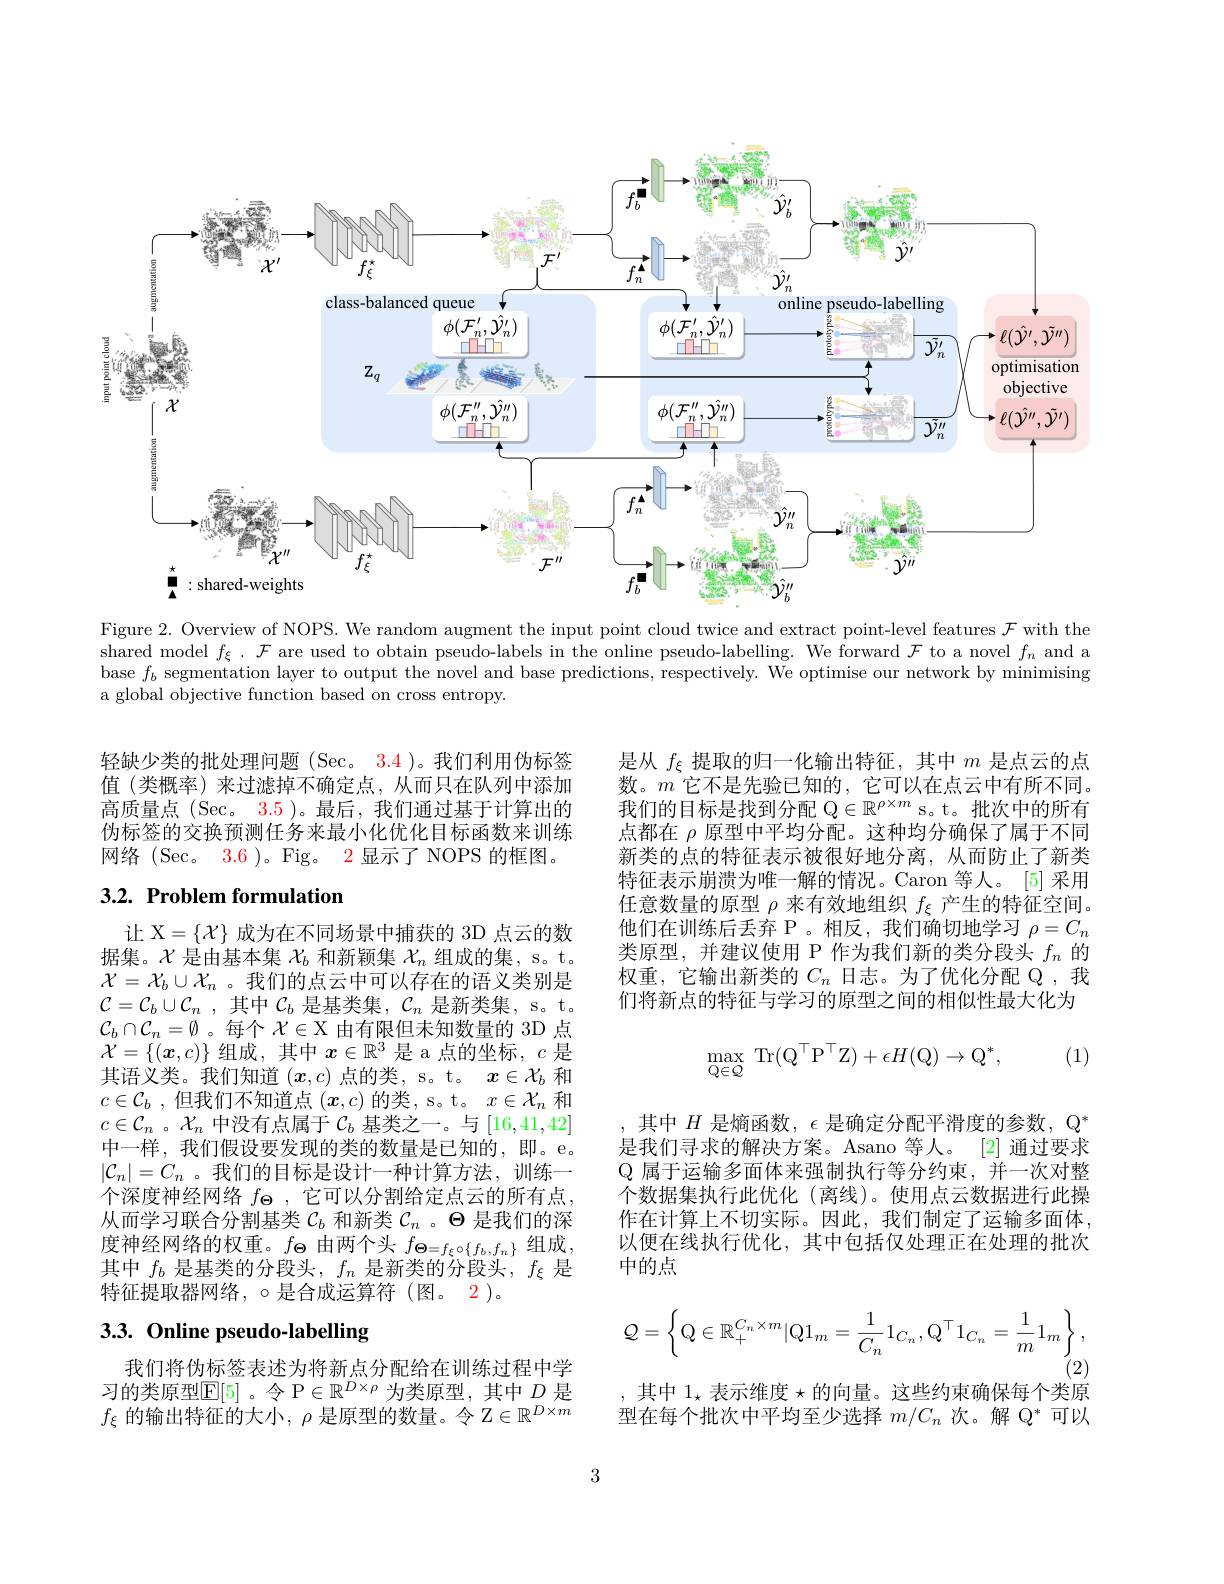
<FigureHere>

Figure 2. Overview of NOPS. We random augment the input point cloud twice and extract point-level features $\mathcal{F}$ with the shared model $f_\xi.\mathcal{F}$ are used to obtain pseudo-labels in the online pseudo-labelling. We forward $\mathcal{F}$ to a novel $f_n$ and a base $f_b$ segmentation layer to output the novel and base predictions, respectively. We optimise our network by minimising a global objective function based on cross entropy.

轻缺少类的批处理问题 (Sec。3.4 )。我们利用伪标签值(类概率)来过滤掉不确定点，从而只在队列中添加高质量点 (Sec。3.5)。最后，我们通过基于计算出的伪标签的交换预测任务来最小化优化目标函数来训练网络(Sec。3.6)。Fig。2 显示了 NOPS 的框图。

是从$f_\xi$提取的归一化输出特征，其中$m$是点云的点数。$m$它不是先验已知的，它可以在点云中有所不同。我们的目标是找到分配$\mathbb{Q}\in\mathbb{R}^\rho\times m$ s。t。批次中的所有点都在$\rho$原型中平均分配。这种均分确保了属于不同新类的点的特征表示被很好地分离，从而防止了新类特征表示崩溃为唯一解的情况。Caron 等人。[5] 采用任意数量的原型$\rho$来有效地组织$f_\xi$产生的特征空间。他们在训练后丢弃 P 。相反，我们确切地学习$\rho=C_n$ 类原型，并建议使用 P 作为我们新的类分段头$f_n$的权重，它输出新类的$C_n$日志。为了优化分配 Q ,我们将新点的特征与学习的原型之间的相似性最大化为

# 3.2. Problem formulation
$$\max\limits_{\mathrm Q\in\mathcal Q}\:\mathrm{Tr}(\mathrm Q^\top\mathrm P^\top\mathrm Z)+\epsilon H(\mathrm Q)\to\mathrm Q^*,$$
(1)

让 X$=\{\mathcal{X}\}$成为在不同场景中捕获的 3D 点云的数据集。$\mathcal{X}$是由基本集$\mathcal{X}_b$和新颖集$\mathcal{X}_n$组成的集，s。t. $\mathcal{X}=\mathcal{X}_b\cup\mathcal{X}_n$ 。我们的点云中可以存在的语义类别是$\mathcal{C} = \mathcal{C} _b\cup \mathcal{C} _n$ ,其中$\mathcal{C}_b$是基类集，$\mathcal{C}_n$是新类集，s。t. $\mathcal{C}_b\cap\mathcal{C}_n=\emptyset$ 。每个$\mathcal{X}\in\mathcal{X}$由有限但未知数量的 3D 点$\mathcal{X}=\{(\boldsymbol{x},c)\}$组成，其中$x\in\mathbb{R}^3$是 a 点的坐标，$c$是其语义类。我们知道$(x,c)$点的类，s。t。$x\in\mathcal{X}_b$和$c\in\mathcal{C}_b$ ,但我们不知道点$(x,c)$的类，s。t。$x\in\mathcal{X}_n$和$c\in\mathcal{C}_n$ 。$\mathcal{X}_n$中没有点属于$\mathcal{C}_b$基类之一。与[16,41,42] 中一样，我们假设要发现的类的数量是已知的，即。e。$|\mathcal{C}_n|=C_n$ 。我们的目标是设计一种计算方法，训练一个深度神经网络$f_\mathbf{\Theta}$ ,它可以分割给定点云的所有点， 从而学习联合分割基类$\mathcal{C}_b$和新类$\mathcal{C}_n$ 。$\Theta$是我们的深度神经网络的权重。$f_\Theta$由两个头$f_\Theta=f_\xi\circ\{f_b,f_n\}$组成， 其中$f_b$是基类的分段头，$f_n$是新类的分段头，$f_\xi$是特征提取器网络，$\circ$是合成运算符(图。2)。

其中$H$是熵函数，$\epsilon$是确定分配平滑度的参数，$\mathbb{Q}^*$ 是我们寻求的解决方案。Asano 等人。[2] 通过要求$\mathbb{Q}$属于运输多面体来强制执行等分约束，并一次对整个数据集执行此优化 (离线)。使用点云数据进行此操作在计算上不切实际。因此，我们制定了运输多面体， 以便在线执行优化，其中包括仅处理正在处理的批次中的点

# 3.3. Online pseudo-labelling
$$\mathcal{Q}=\left\{\mathrm{Q}\in\mathbb{R}_+^{C_n\times m}|\mathrm{Q}1_m=\frac{1}{C_n}1_{C_n},\mathrm{Q}^\top1_{C_n}=\frac{1}{m}1_m\right\},$$
(2)

我们将伪标签表述为将新点分配给在训练过程中学习的类原型$\mathbb{E}[5]$。令 P$\in\mathbb{R}^D\times\rho$为类原型，其中$D$是$f_\xi$的输出特征的大小，$\rho$是原型的数量。令$\mathbb{Z}\in\mathbb{R}^D\times m$

, 其中 1$_\star$ 表示维度$\star$的向量。这些约束确保每个类原型在每个批次中平均至少选择$m/C_n$次。解$\mathbb{Q}^*$可以

3